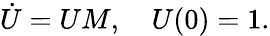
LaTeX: \dot{U}=UM,{\quad}U(0)=1.